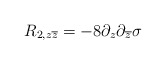
\begin{align*}R_{2,z\overline{z}}=-8\partial _z\partial _{\overline{z}}{\rm \sigma }\end{align*}